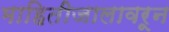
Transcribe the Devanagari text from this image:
माहितीजालावरून